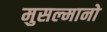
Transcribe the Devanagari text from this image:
मुसल्मानो